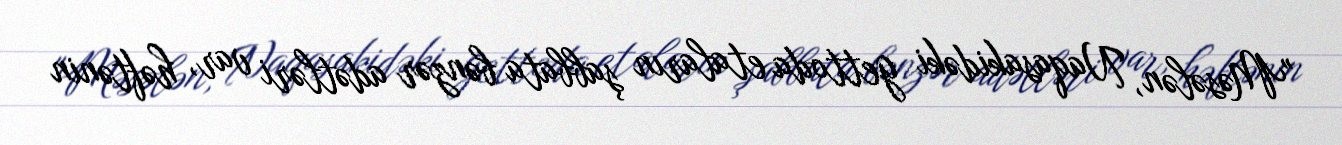
"Məsələn, Naqasakidəki gettoda etaların şabbata bənzər adətləri var, həftənin